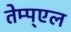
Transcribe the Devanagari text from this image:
तेम्प्एल